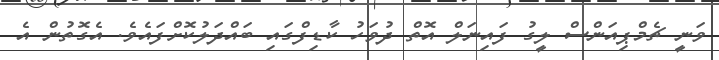
ވަނީ ޗެމްޕިއަންސް ލީގު ފައިނަލް އޮތް ދުވަހު ކާޑިފްގައި ބައްދަލުކޮށްފައެވެ. އެގޮތުން އެ